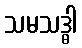
သမသဒ္ဓါ